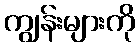
ကျွန်းများကို